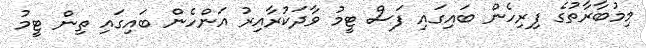
މިމުބާރާތުގެ ފިރިހެން ބައިގައި ފަސް ޓީމު ވާދަކުރާއިރު އަންހެން ބައިގައި ތިން ޓީމު